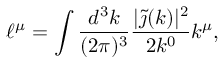
\ell ^ { \mu } = \int \frac { d ^ { 3 } k } { ( 2 \pi ) ^ { 3 } } \frac { | \tilde { \j } ( k ) | ^ { 2 } } { 2 k ^ { 0 } } k ^ { \mu } ,